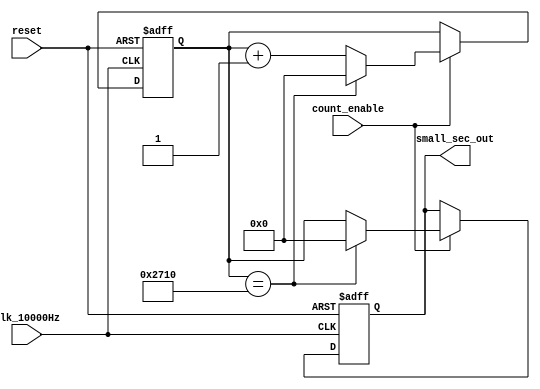
module stopwath_counter(
    input clk_10000Hz,
    input count_enable,
    input reset,

    output reg [13:0] small_sec_out //14bits
);

reg [13:0] small_sec; //14bits

always @(posedge clk_10000Hz or posedge reset) begin
       
    if (reset) begin
        small_sec <= 14'b0;
        small_sec_out <= 14'b0;
    end

    else if (count_enable) begin

        small_sec <= small_sec + 1;
        if (small_sec == 14'b10011100010000) begin
            small_sec_out <= 0;
            small_sec <= 0;
            //seconds <= seconds + 1;
        end
        else small_sec_out <= small_sec;

    end

end

endmodule